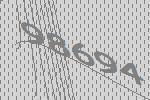
98694